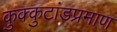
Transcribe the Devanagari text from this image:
कुक्कुटांडप्रमाण